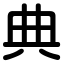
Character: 典